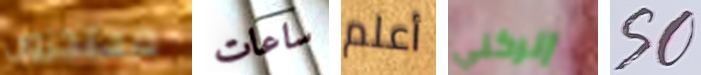
محتجزون ساعات أعلم إتركني SO